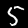
Digit: 5